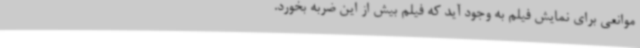
موانعی برای نمایش فیلم به وجود آید که فیلم بیش از این ضربه بخورد.